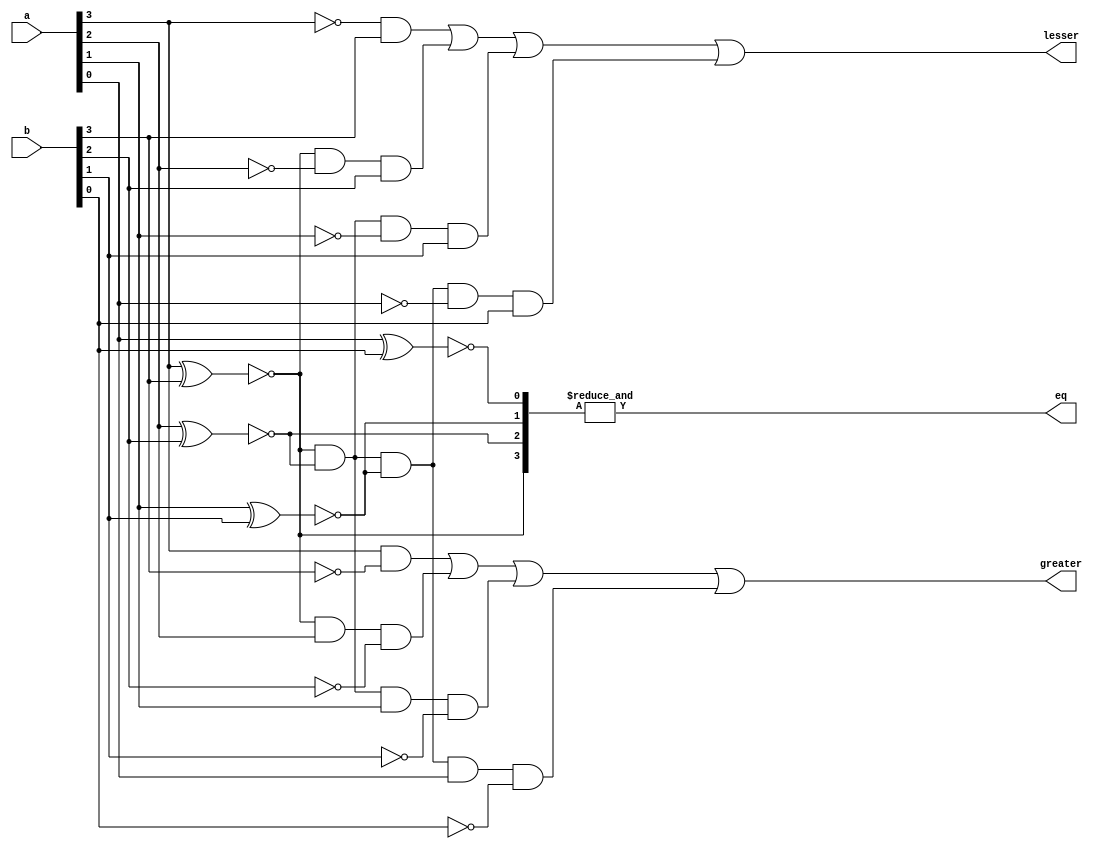
module comparator_4bit(eq,greater,lesser,a,b);
  input [3:0] a;
  input [3:0] b;
  output eq, greater , lesser;
  wire [3:0]x;
  assign x[0]= ~(a[0]^b[0]),
         x[1]= ~(a[1]^b[1]),
         x[2]= ~(a[2]^b[2]),
         x[3]= ~(a[3]^b[3]);

  assign eq=&x;
  assign greater = (a[3]&!b[3])|(x[3]&a[2]&!b[2])|(x[3]&x[2]&a[1]&!b[1])|(x[3]&x[2]&x[1]&a[0]&!b[0]);
  assign lesser = (!a[3]&b[3])|(x[3]&!a[2]&b[2])|(x[3]&x[2]&!a[1]&b[1])|(x[3]&x[2]&x[1]&!a[0]&b[0]); 

endmodule